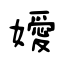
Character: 嬡